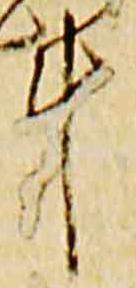
斗